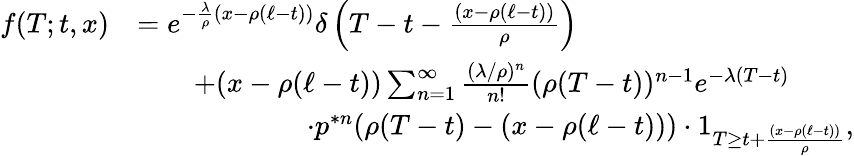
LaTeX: \begin{array}{rl}{f(T;t,x)}&{=e^{-\frac{\lambda}{\rho}(x-\rho(\ell-t))}\delta\left(T-t-\frac{(x-\rho(\ell-t))}{\rho}\right)}\\ &{\qquad+(x-\rho(\ell-t))\sum_{n=1}^{\infty}\frac{(\lambda/\rho)^{n}}{n!}(\rho(T-t))^{n-1}e^{-\lambda(T-t)}}\\ &{\qquad\qquad\qquad\cdot p^{\ast n}(\rho(T-t)-(x-\rho(\ell-t)))\cdot 1_{T\geq t+\frac{(x-\rho(\ell-t))}{\rho}},}\end{array}